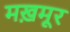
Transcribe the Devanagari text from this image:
मख़मूर